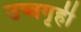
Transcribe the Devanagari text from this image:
उच्चगृही